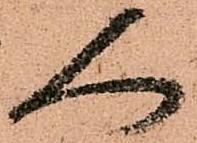
人